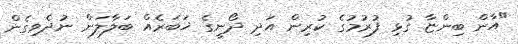
"އާން ބިންޏާ ގުޅި ފުރުމުގެ ކުރިން އަދި ދޯނީގެ ޚަބަރެއް ބަލާލަން ނުދެވިގެން